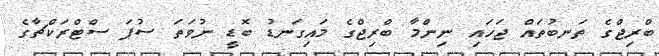
ބްރިޖްގެ ތަނބުތައް ޖަހައި ނިންމާ ބްރިޖްގެ މައިގަނޑު ބޮޑީ ނުވަތަ ސުޕަ ސްޓްރަކްޗާގެ